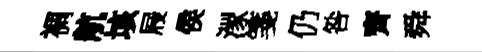
裯航垓屐侯潈箋仍咎齊舜